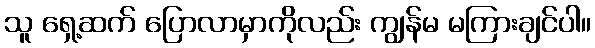
သူ ရှေ့ဆက် ပြောလာမှာကိုလည်း ကျွန်မ မကြားချင်ပါ။